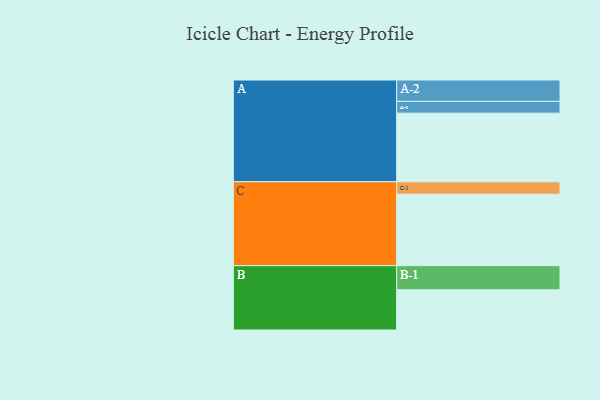
{"axis": {"x": "Segment", "y": "Value"}, "legend": ["", "A", "B", "C"], "data": [{"x": "A", "y": 517, "type": ""}, {"x": "B", "y": 303, "type": ""}, {"x": "C", "y": 538, "type": ""}, {"x": "A-1", "y": 89, "type": "A"}, {"x": "A-2", "y": 161, "type": "A"}, {"x": "B-1", "y": 182, "type": "B"}, {"x": "C-1", "y": 94, "type": "C"}]}